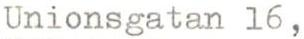
Unionsgatan 16,